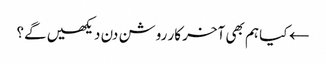
← کیا ہم بھی آخر کار روشن دن دیکھیں گے؟